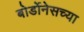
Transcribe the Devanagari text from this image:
बोर्डोनेसच्या